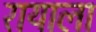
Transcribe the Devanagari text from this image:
रायाला